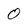
Character: 0